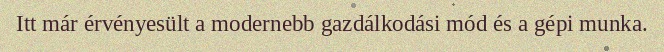
Itt már érvényesült a modernebb gazdálkodási mód és a gépi munka.